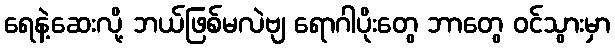
ရေနဲ့ဆေးလို့ ဘယ်ဖြစ်မလဲဗျ ရောဂါပိုးတွေ ဘာတွေ ဝင်သွားမှာ